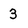
Character: 3